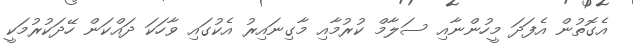
އެގޮތުން އެފަދަ މީހުންނާއި ސަލާމް ކުރުމާއި މާގިނައިރު އެކުގައި ވާހަކަ ދައްކަން ހޭދަކުރުމަކީ